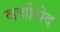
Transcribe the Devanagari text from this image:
वर्चोभेद